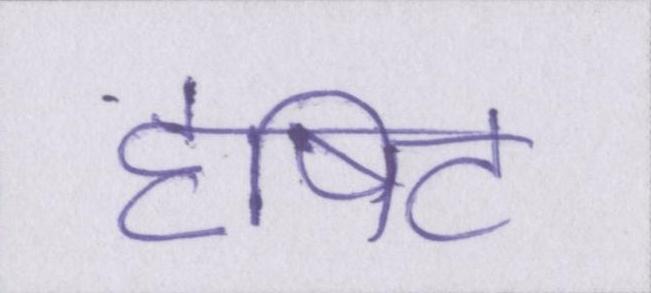
दृषिट